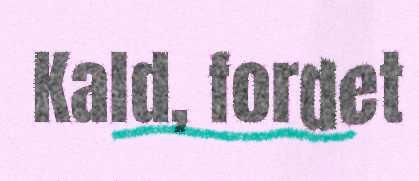
Kald, fordet